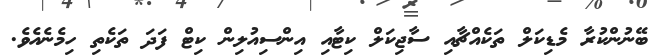
ބޭނުންކުރާ މެޑިކަލް ތަކެއްޗާއި ސާޖިކަލް ކިޓާއި އިންސިއުލިން ކިޓް ފަދަ ތަކެތި ހިމެނެއެވެ.